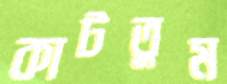
কাটতুম